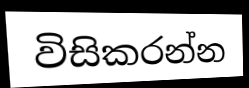
විසිකරන්න